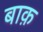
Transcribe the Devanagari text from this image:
बाक़